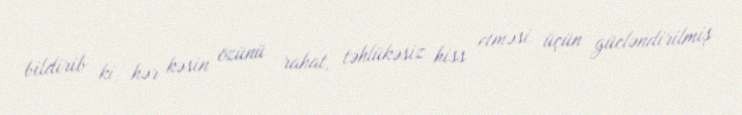
bildirib ki, hər kəsin özünü rahat, təhlükəsiz hiss etməsi üçün gücləndirilmiş